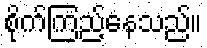
စိုက်ကြည့်နေသည်။